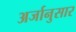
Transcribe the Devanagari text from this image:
अर्जानुसार